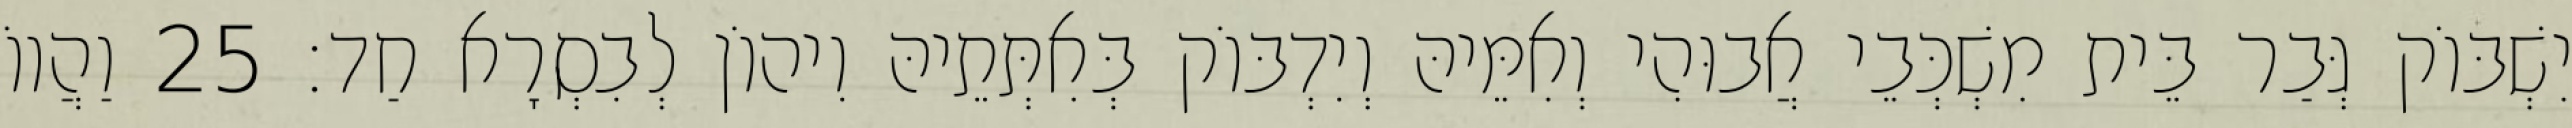
יִשְׁבּוֹק גְּבַר בֵּית מִשְׁכְּבֵי אֲבוּהִי וְאִמֵּיהּ וְיִדְבּוֹק בְּאִתְּתֵיהּ וִיהוֹן לְבִסְרָא חַד׃ 25 וַהֲווֹ